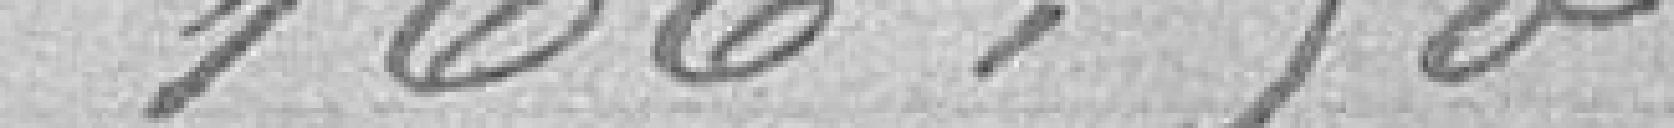
166,90